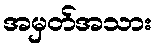
အမှတ်အသား